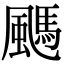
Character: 䬚